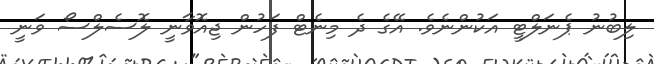
ލިބުނު ޕެނަލްޓީ އަކުންނެވެ. އޭގެ ދެ މިނެޓް ފަހުން ޖިއޮވާނީ ލޮސެލްސޯ ވަނީ